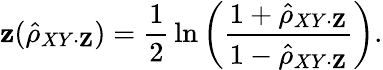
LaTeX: \mathbf{z}({\hat{{\rho}}}_{XY\cdot\mathbf{{Z}}})={\frac{{1}}{{2}}}\ln\left({\frac{{1+{\hat{{\rho}}}_{XY\cdot\mathbf{{Z}}}}}{{1-{\hat{{\rho}}}_{XY\cdot\mathbf{{Z}}}}}}\right).